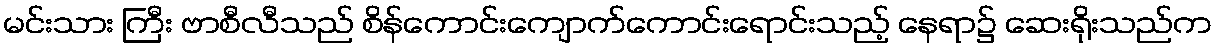
မင်းသား ကြီး ဗာစီလီသည် စိန်ကောင်းကျောက်ကောင်းရောင်းသည့် နေရာ၌ ဆေးရိုးသည်က